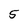
Character: 5